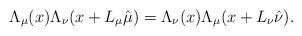
LaTeX: \begin{align*}\Lambda_\mu(x)\Lambda_\nu(x+L_\mu\hat{\mu})=\Lambda_\nu(x)\Lambda_\mu(x+L_\nu\hat{\nu}). \end{align*}